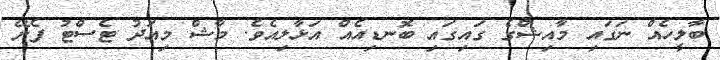
ބާލީހެއް ނަގައި މާއިޝްގެ ގައިގައި ބޮނޑިއެއް އަޅާލިއެވެ. މާޝް މިއަދު ޓެސްޓު ފެށޭ